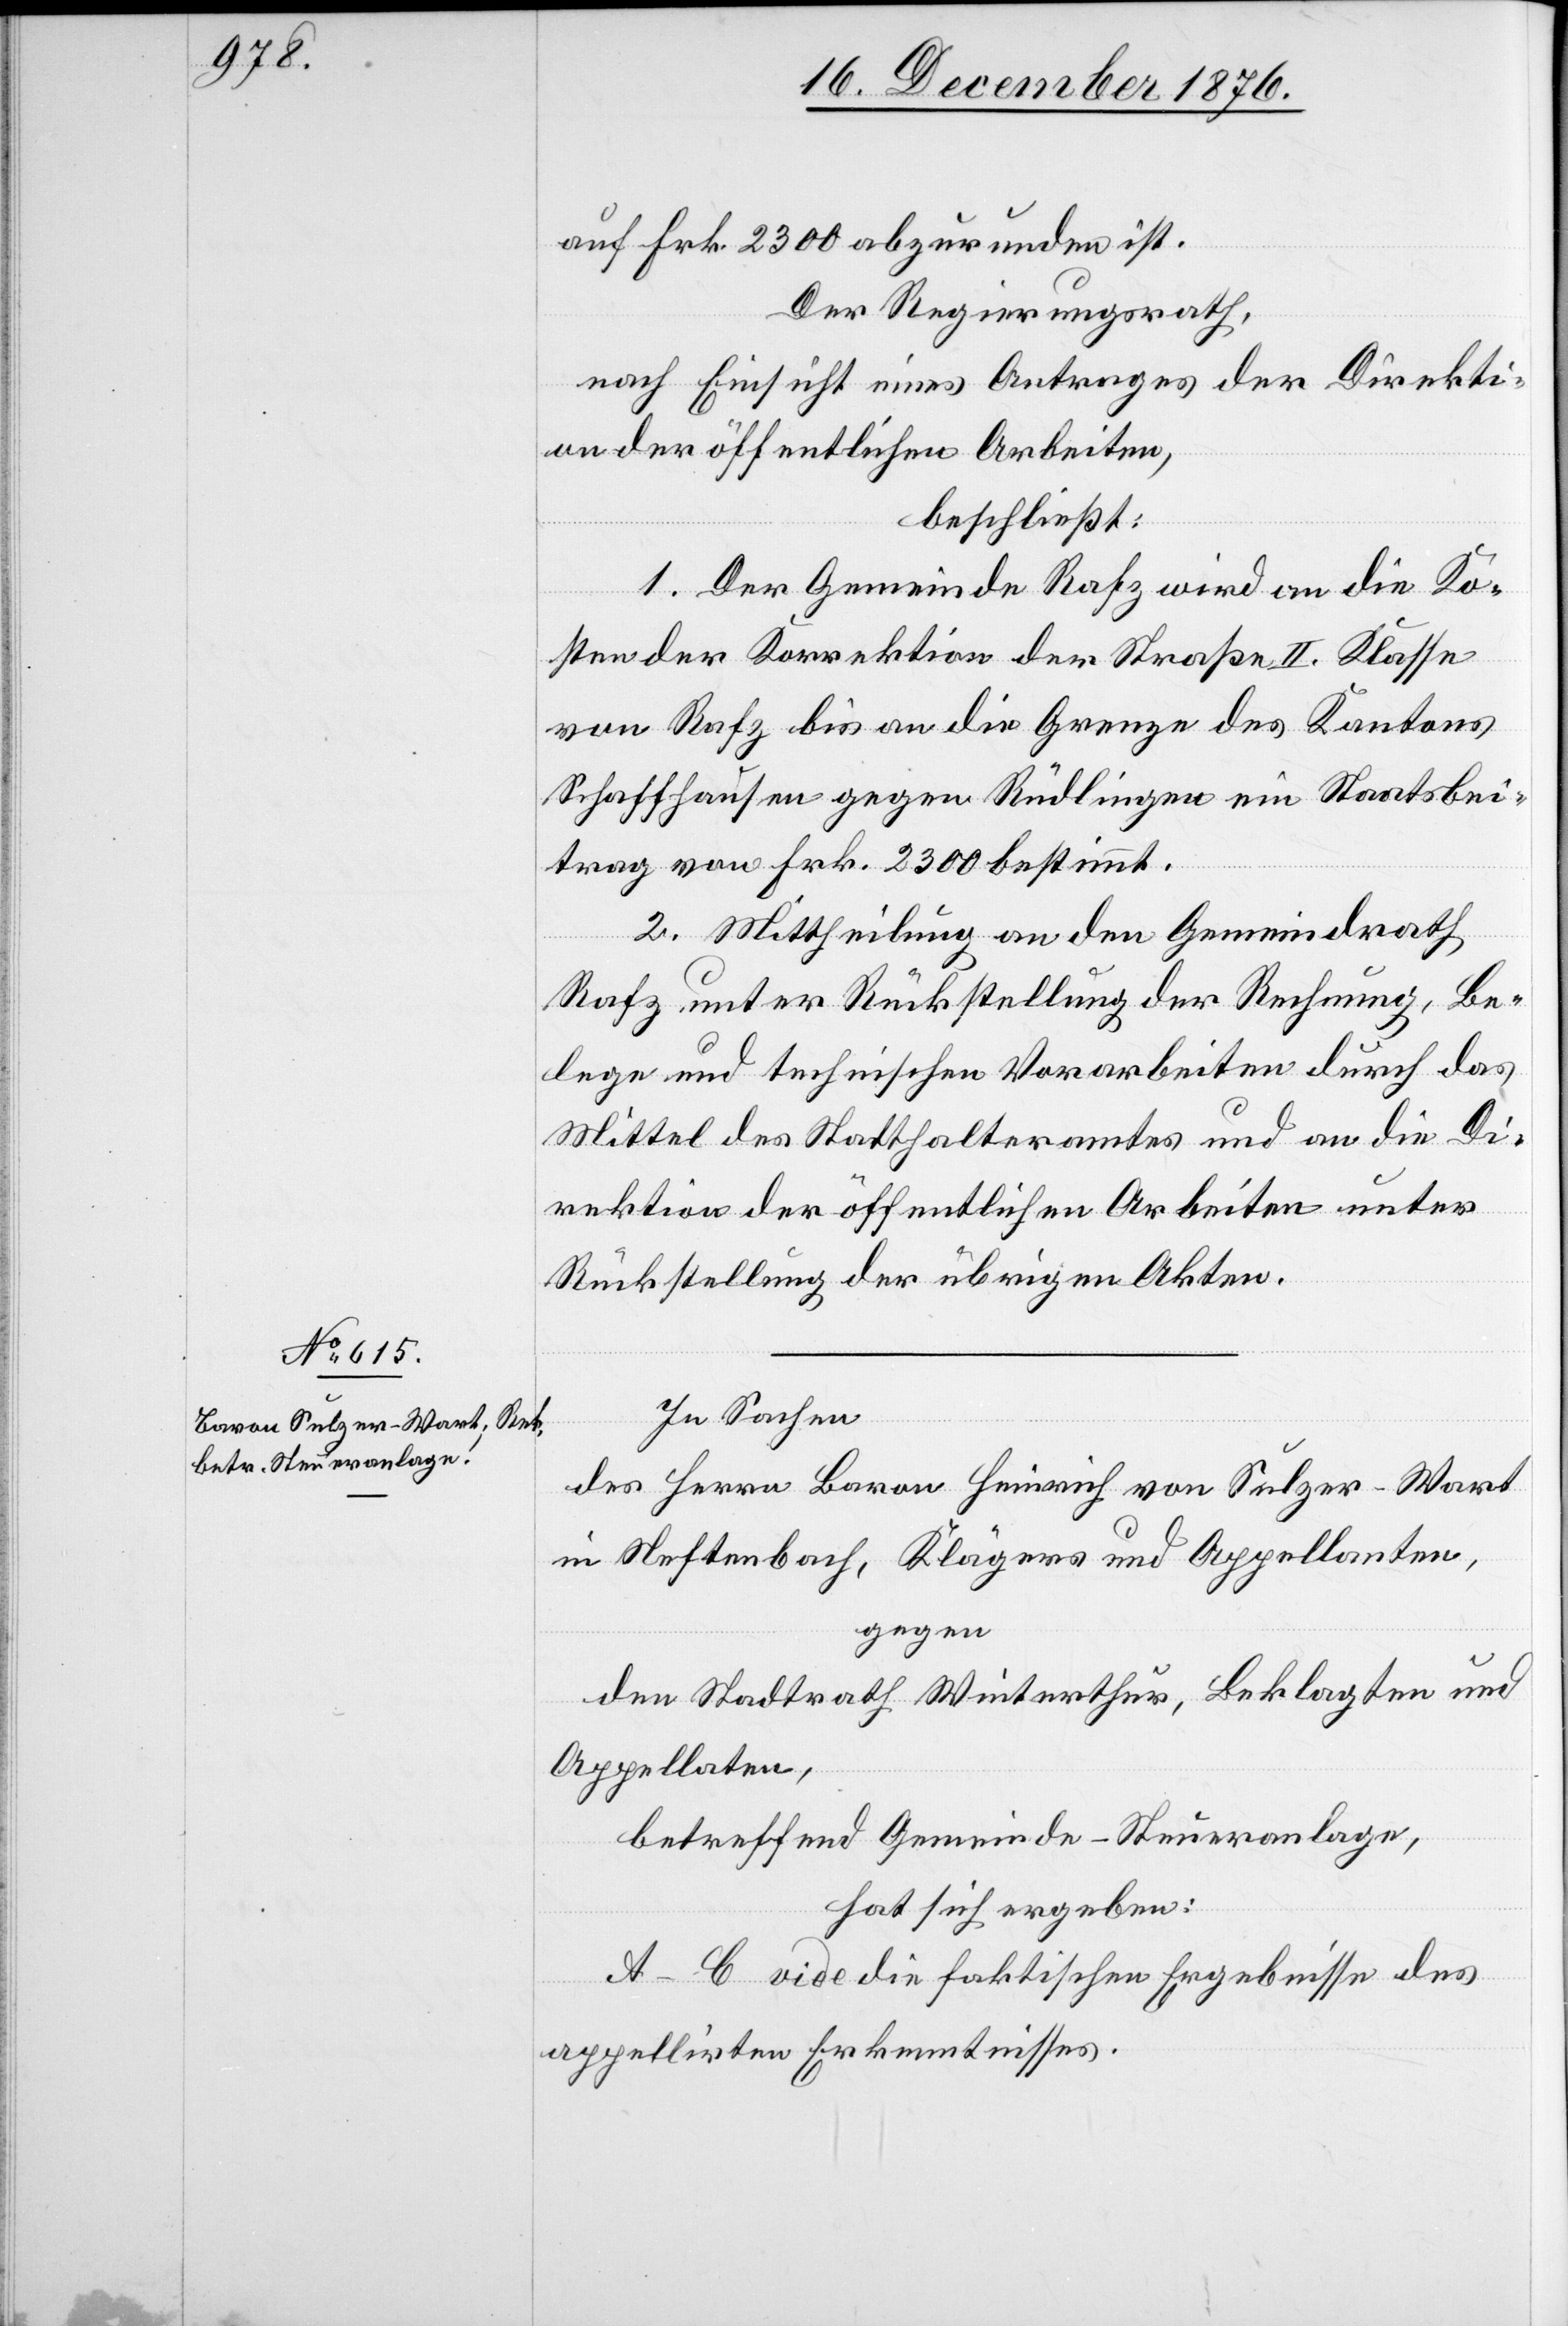
In Sachen
des Herrn Baron Heinrich von Sulzer-Wart
in Neftenbach, Klägers und Appellanten,
gegen
den Stadtrath Winterthur, Beklagten und
Appellanten,
betreffend Gemeinde-Steueranlage,
hat sich ergeben:
A–C vide die faktischen Ergebnisse des
appellirten Erkenntnisses.